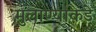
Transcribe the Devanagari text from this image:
मुलाण्याकडे